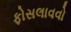
ફોસલાવવો